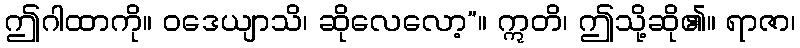
ဤဂါထာကို။ ဝဒေယျာသိ၊ ဆိုလေလော့”။ ဣတိ၊ ဤသို့ဆို၏။ ရာဇာ၊